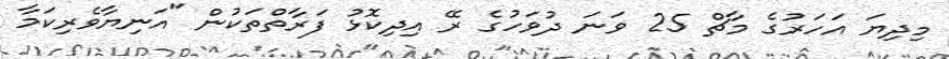
މިދިޔަ އަހަރުގެ މާޗް 25 ވަނަ ދުވަހުގެ ރޭ އިދިކޮޅު ފަރާތްތަކުން "އަނިޔާވެރިކަމާ